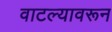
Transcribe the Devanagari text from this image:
वाटल्यावरून